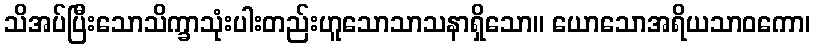
သိအပ်ပြီးသောသိက္ခာသုံးပါးတည်းဟူသောသာသနာရှိသော။ ယောသောအရိယသာဝကော၊